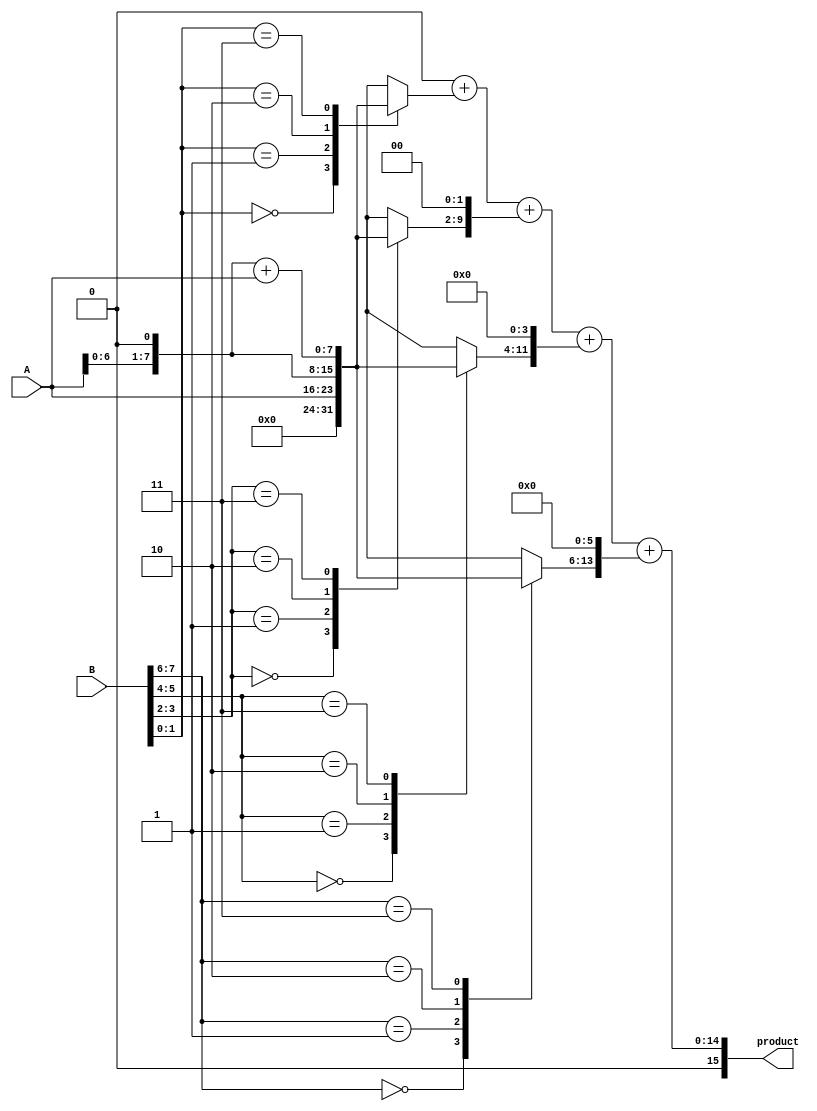
module radix4_multiplier #(parameter N = 8) (
    input  [N-1:0] A,  // Multiplicand
    input  [N-1:0] B,  // Multiplier
    output reg [2*N-1:0] product // Product output
);

    reg [N-1:0] partial_product [0:N/2]; // Array to hold partial products
    reg [N-1:0] B_temp; // Temporary register for multiplier
    integer i;

    always @(*) begin
        // Initialize product and temporary variables
        product = 0;
        B_temp = {1'b0, B}; // Extend B for easier handling of bits

        // Generate partial products based on Radix-4 Booth encoding
        for (i = 0; i < N/2; i = i + 1) begin
            case (B_temp[2*i +: 2]) // Take 2 bits at a time
                2'b00: partial_product[i] = 0; // 0
                2'b01: partial_product[i] = A; // A
                2'b10: partial_product[i] = A << 1; // A << 1
                2'b11: partial_product[i] = (A << 1) + A; // (A << 1) + A
                default: partial_product[i] = 0;
            endcase
        end

        // Accumulate partial products
        for (i = 0; i < N/2; i = i + 1) begin
            product = product + (partial_product[i] << (i * 2)); // Shift appropriately
        end
    end

endmodule